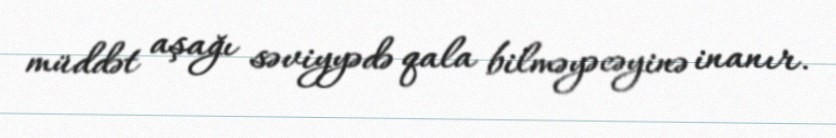
müddət aşağı səviyyədə qala bilməyəcəyinə inanır.